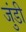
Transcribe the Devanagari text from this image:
जुंडी